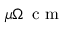
\mu \Omega \, \mathrm { ~ c ~ m ~ }